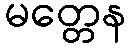
မတ္တေန